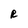
Character: R